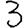
Digit: 3